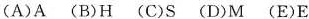
(A)A (B)H (C)S (D)M (E)E